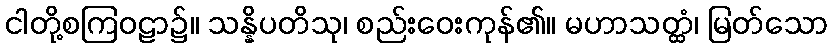
ငါတို့စကြဝဠာ၌။ သန္နိပတိသု၊ စည်းဝေးကုန်၏။ မဟာသတ္ထံ၊ မြတ်သော